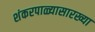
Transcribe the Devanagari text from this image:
शंकरपाळ्यासारख्या